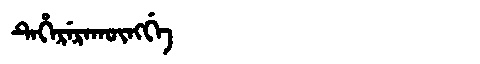
Manchu: ᡨᡝᡥᡝᡵᡝᡵᠠᡴᡡᠩᡤᡝ
Romanization: TEHERERAKŪNGGE